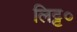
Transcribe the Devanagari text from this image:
लिट्ट०